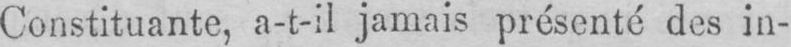
Constituante, a-t-il jamais présenté des in-